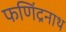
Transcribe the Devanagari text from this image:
फणिंद्रनाथ